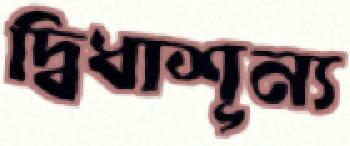
দ্বিধাশূন্য